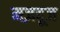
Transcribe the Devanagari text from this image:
मज़दूज